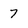
Character: 7